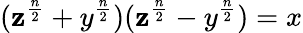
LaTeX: (\mathbf{z}^{\frac{{n}}{{2}}}+y^{\frac{{n}}{{2}}})(\mathbf{z}^{\frac{{n}}{{2}}}-y^{\frac{{n}}{{2}}})=x